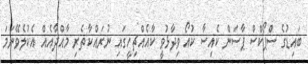
ބައިޑުގެ ސްޕޯކްސް ޕާސަން ކެއިސާ ކުއޯ ވިދާޅުވީ ކާއެއްޗިހީގައި ނުރައްކާތެރި މާއްދާއެއް އެކުލެވޭނަމަ